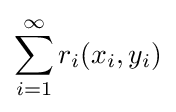
\sum _{i=1}^{\infty }r_{i}(x_{i},y_{i})